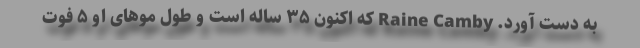
به دست آورد. Raine Camby که اکنون ۳۵ ساله است و طول مو‌های او ۵ فوت